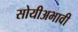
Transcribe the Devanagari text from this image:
सोयीअभावी